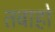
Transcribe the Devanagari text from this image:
तबाहो